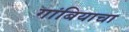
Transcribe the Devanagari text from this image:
गांबियाचा